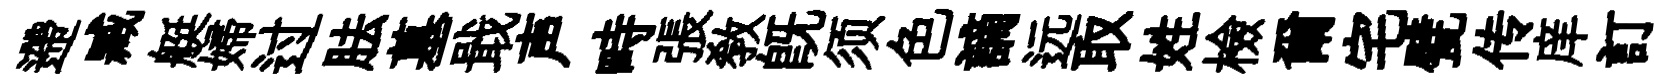
遰臧艇婦过胠墓戢声畤張敎旣须色謫远取姓檢爾宅甓传庠訂